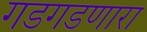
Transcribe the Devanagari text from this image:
गडगडणारा